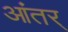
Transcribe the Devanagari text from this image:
आंतर्